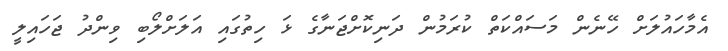
އެމާހައުލަށް ހޭނެން މަސައްކަތް ކުރަމުން ދަނިކޮށްޖަނާގެ ޅަ ހިތުގައި އަލަށްލޯބި ވިންދު ޖަހައިލީ